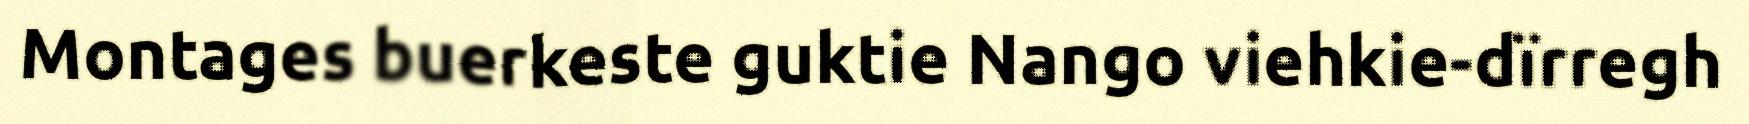
Montages buerkeste guktie Nango viehkie-dïrregh